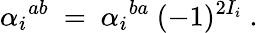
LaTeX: {\alpha_{i}}^{ab}\ =\ {\alpha_{i}}^{ba}\ (-1)^{2I_{i}}\ .